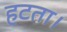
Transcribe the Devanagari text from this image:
हटता।